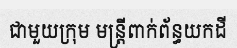
ជាមួយក្រុម មន្ត្រីពាក់ព័ន្ធយកដី